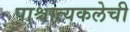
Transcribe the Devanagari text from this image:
पाश्चात्यकलेची